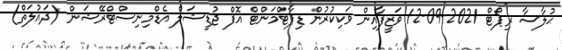
ޙުލާސާ ރިޕޯޓް 2021-09-12 ވަޒީފާއިން ވަކިކުރުން ޑިޕާޓްމަންޓް އޮފް ޖުޑީޝަލް އެޑްމިނިސްޓްރޭޝަން (ދައުލަތް)